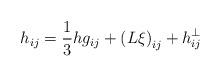
LaTeX: \begin{align*}h_{ij}=\frac 13hg_{ij}+\left( L\xi \right) _{ij}+h_{ij}^{\bot } \end{align*}